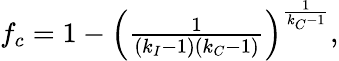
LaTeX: \begin{array}{r}{f_{c}=1-\left(\frac{1}{(k_{I}-1)(k_{C}-1)}\right)^{\frac{1}{k_{C}-1}},}\end{array}